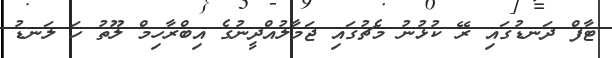
ޓާފް ދަނޑުގައި ރޭ ކުޅުނު މެޗުގައި ޖަމާލުއްދީނުގެ އިބްރާހިމް ލޫތު ހަ ލަނޑު